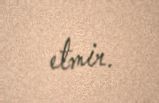
etmir.